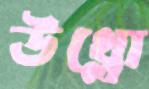
উথ্‌লো